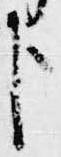
臣